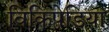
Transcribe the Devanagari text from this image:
विकिपेडिया